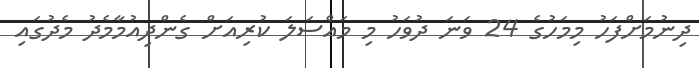
ދިނުމަށްފަހު މިމަހުގެ 24 ވަނަ ދުވަހު މި މައްސަލަ ކުރިއަށް ގެންދިއުމާމެދު މެދުގައި